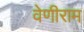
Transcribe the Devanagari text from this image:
वेणीराम